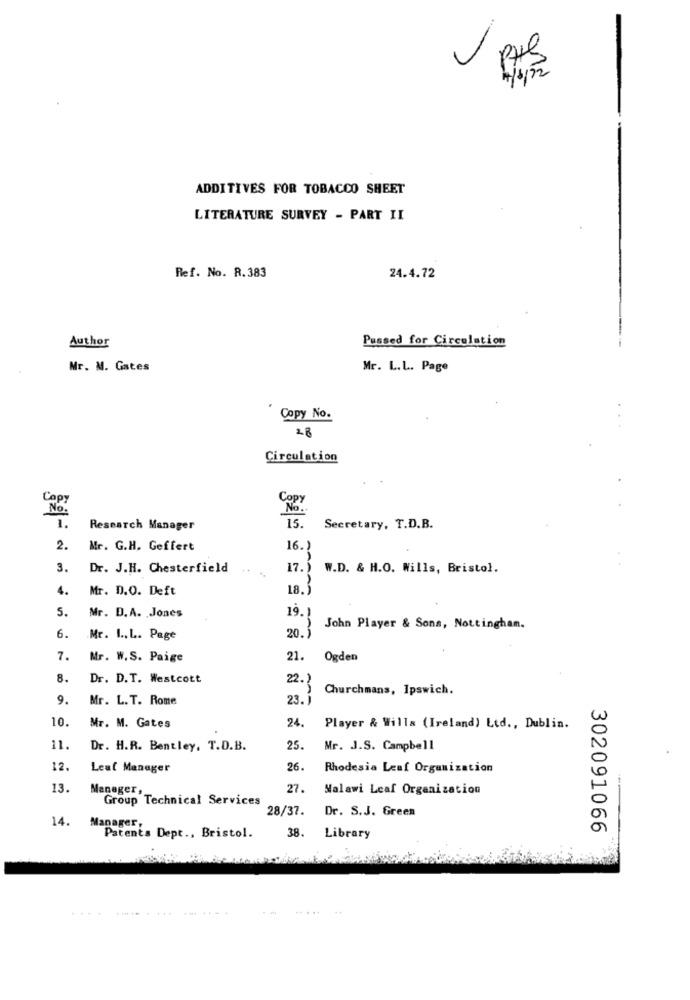
PHl
ADDITIVES FOR TOBACCO SHEET
LITERATURE SURVEY - PART II
Ref. No. R.383
24.4.72
Passed for Circulation
Author
Mr. M. Gates
Mr. L.L. Page
Copy No.
28
Circulation
Capy
No.
No.
1.
Research Manager
15.
Secretary, T.D.B.
2.
Mr. G.H. Geffert
16.
3.
Dr. J.H. Chesterfield
17.) W.D. & H.O. Wills, Bristol.
4.
Mr. D.O. Deft
18.5
5.
Mr. D.A. Jones
19.1
20.1
John Player & Sons, Nottingham.
6.
Mr. I .. L. Page
7.
Mr. W.S. Paige
21.
Ogden
8.
Dr. D.T. Westcott
22.}
Churchmans, Ipswich.
9.
Mr. L. T. Rome
23. ]
10.
Mr. M. Gates
24.
Player & Wills (Ireland) Ltd ., Dublin.
11.
Dr. H.R. Bentley, T.D.B.
25.
Mr. J.S. Campbell
12.
Lead Manager
26.
Rhodesia Leaf Organization
13.
Manager,
27.
Malawi Leaf Organization
Group Technical Services
28/37.
Dr. S.J. Green
14.
Manager,
302091066
Patents Dept ., Bristol.
38. Library
.....